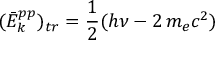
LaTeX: ( { \bar { E } } _ { k } ^ { p p } ) _ { t r } = { \frac { 1 } { 2 } } ( h \nu - 2 \, m _ { e } c ^ { 2 } )